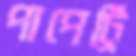
পাপেট্রি